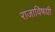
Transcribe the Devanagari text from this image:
राजाविषयी